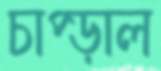
চাপ্‌ড়াল